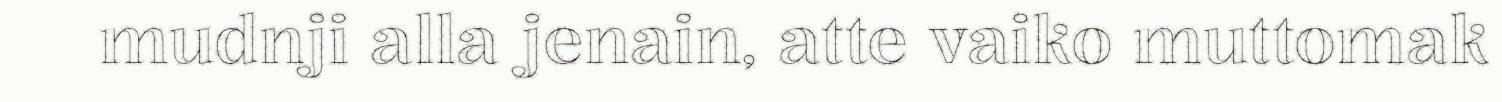
mudnji alla jenain, atte vaiko muttomak